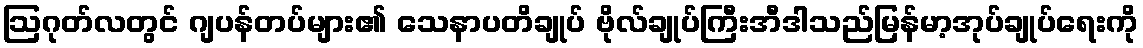
ဩဂုတ်လတွင် ဂျပန်တပ်များ၏ သေနာပတိချုပ် ဗိုလ်ချုပ်ကြီးအီဒါသည်မြန်မာ့အုပ်ချုပ်ရေးကို